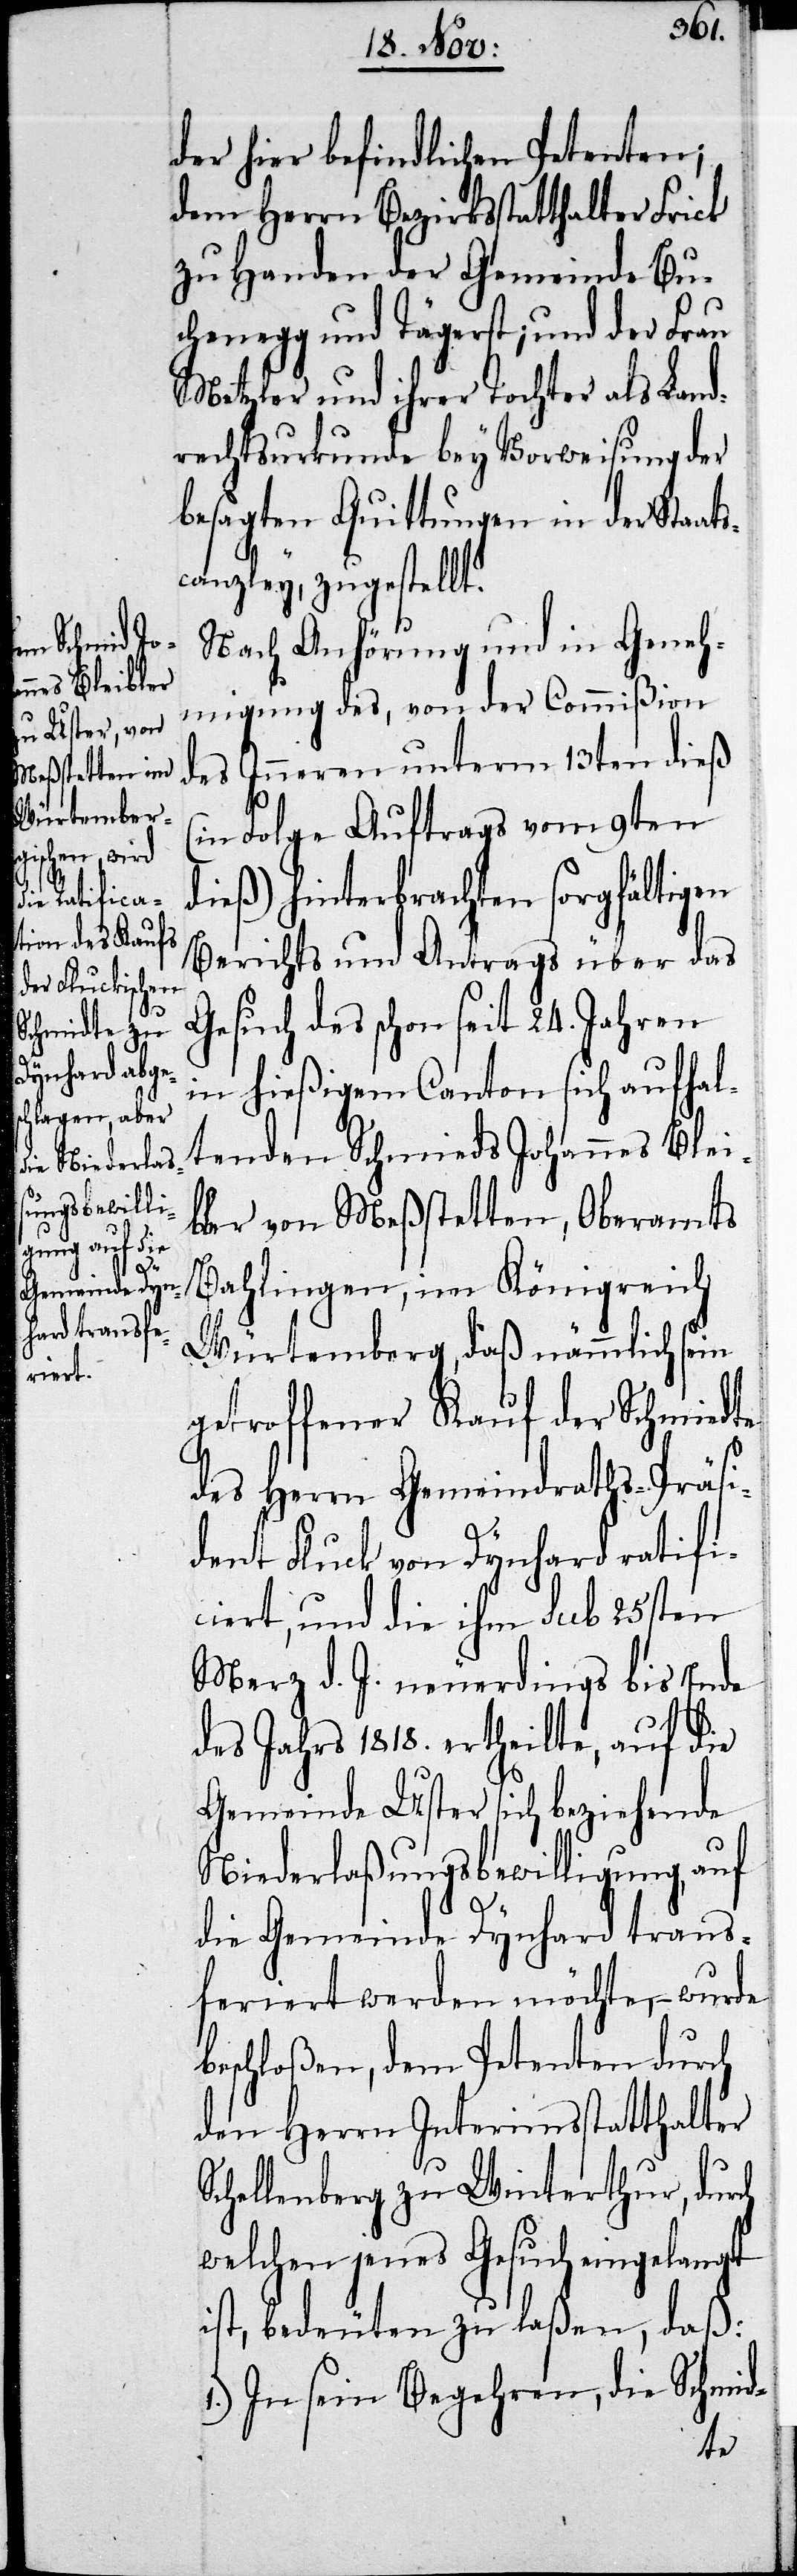
der hier befindlichen Petenten;
dem Herrn Bezirksstatthalter Frick
zu Handen der Gemeinde Bu¬
chenegg und Tägerst; und der Frau
Metzler und ihrer Tochter als Land¬
rechtsurkunde bey Vorweisung der
besagten Quittungen in der Staat¬
scanzley, zugestellt.
Nach Anhörung und in Geneh¬
migung des, von der Commißion
des Inneren unterm 13ten dieß
Folge Auftrags vom 9ten
dieß) hinterbrachten sorgfältigen
Berichts und Antrags über das
Gesuch des schon seit 24. Jahren
im hießigen Canton sich aufhal¬
tenden Schmieds Johannes Blei¬
bler von Meßstetten, Oberamts
Bahlingen, im Königreich
Würtemberg, daß nämmlich sein
getroffener Kauf der Schmiedte
des Herrn Gemeinderaths-Präsi¬
dent Fluck von Dynhard ratifi¬
ciert, und die ihm sub 25sten
Merz d. J. neuerdings bis Ende
des Jahrs 1818. ertheilte, auf die
Gemeinde Uster sich beziehende
Niederlaßungsbewilligung auf
die Gemeinde Dynhard trans¬
feriert werden möchte, – wurde
beschloßen, dem Petenten durch
den Herrn Interimsstatthalter
Schellenberg zu Winterthur, durch
welchen jenes Gesuch eingelangt
ist, bedeuten zu laßen, daß:
1.) In sein Begehren, die Schmid-